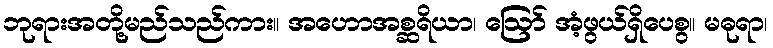
ဘုရားအတို့မည်သည်ကား။ အဟောအစ္ဆရိယာ၊ ဩော် အံ့ဖွယ်ရှိပေစွ။ မဓုရာ၊